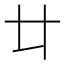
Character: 𠥻